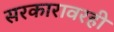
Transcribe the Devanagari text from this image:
सरकारावरही